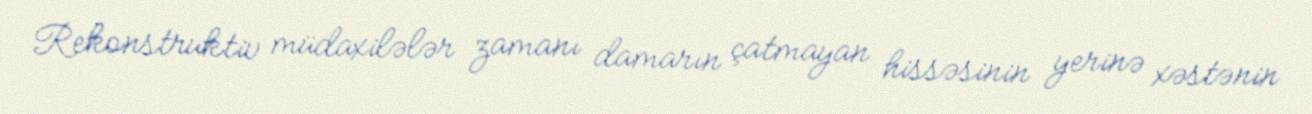
Rekonstruktiv müdaxilələr zamanı damarın çatmayan hissəsinin yerinə xəstənin